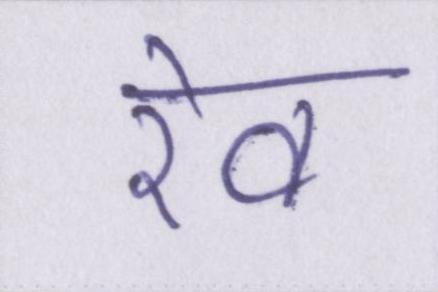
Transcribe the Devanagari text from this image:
रेव